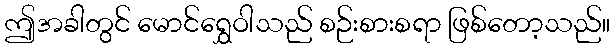
ဤအခါတွင် မောင်ရွှေဝါသည် စဉ်းစားစရာ ဖြစ်တော့သည်။